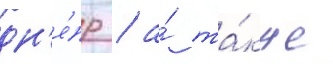
дн'е́пр / а́ та́кже